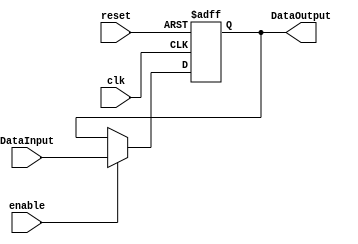

module PipelineRegister
#(
	parameter N=32,
	parameter start=0
)
(
	input clk,
	input enable,
	input reset,
	input  [N-1:0] DataInput,
	
	output reg [N-1:0] DataOutput
);	
	always@(negedge reset or negedge clk) begin
		if(reset==0)
			DataOutput <=start;
		else
			if(enable==1)
				DataOutput<=DataInput;
	end
	
endmodule